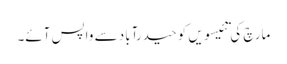
مارچ کی تئیسویں کو حیدرآباد سے واپس آئے۔